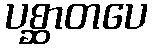
ပစ္ဆာတပေ